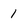
Character: 1